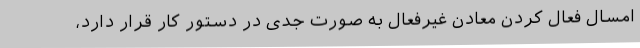
امسال فعال کردن معادن غیرفعال به صورت جدی در دستور کار قرار دارد،